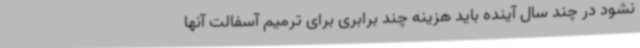
نشود در چند سال آینده باید هزینه چند برابری برای ترمیم آسفالت آنها